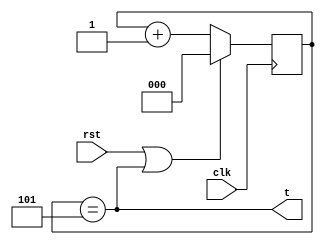
module timer5 (
   input clk,
   input rst,
   output t);
   
   reg [2:0] count = 0;
   
   assign t = (count == 3'd5);
   
   always @(posedge clk) begin
      if (rst | t)
         count <= 0;
      else
         count <= count + 1;
   end
   
endmodule